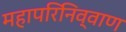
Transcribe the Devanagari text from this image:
महापरिनिव्वाण